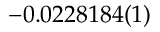
- 0 . 0 2 2 8 1 8 4 ( 1 )